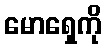
မောရှေကို